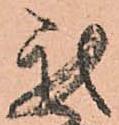
我